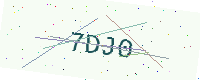
Text: 7DJ0